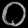
Digit: ၀